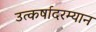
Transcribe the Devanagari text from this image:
उत्कर्षादरम्यान